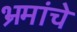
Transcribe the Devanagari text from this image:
भ्रमांचे